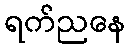
ရက်ညနေ